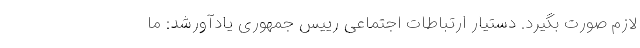
لازم صورت بگیرد. دستیار ارتباطات اجتماعی رییس جمهوری یادآورشد: ما